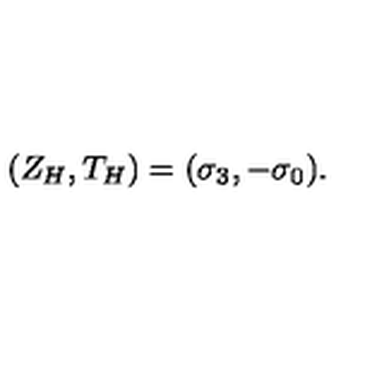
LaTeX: ( Z _ { H } , T _ { H } ) = ( \sigma _ { 3 } , - \sigma _ { 0 } ) .